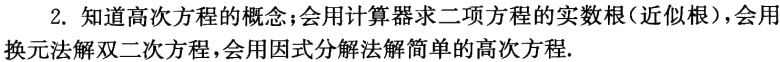
2. 知道高次方程的概念；会用计算器求二项方程的实数根（近似根），会用换元法解双二次方程，会用因式分解法解简单的高次方程.